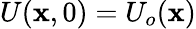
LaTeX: U(\mathbf{x},0)=U_{o}(\mathbf{x})